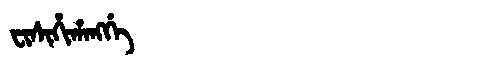
Manchu: ᠸᡳᠰᡳᡥᡳᡥᠠᠩᡤᡝ
Romanization: FISIHIHANGGE